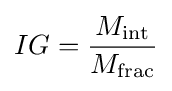
IG={\frac {M_{\text{int}}}{M_{\text{frac}}}}